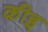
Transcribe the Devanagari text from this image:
कीइ